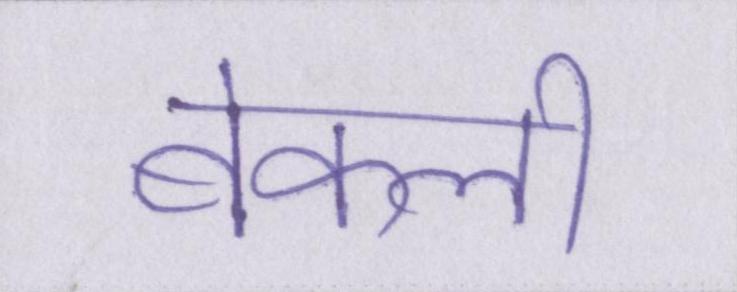
बेकली